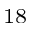
^ { 1 8 }